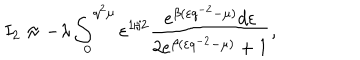
LaTeX: I _ { 2 } \approx - \lambda \int _ { 0 } ^ { q ^ { 2 } \mu } \varepsilon ^ { 1 / 2 } \frac { e ^ { \beta ( \varepsilon q ^ { - 2 } - \mu ) } d \varepsilon } { 2 e ^ { \beta ( \varepsilon q ^ { - 2 } - \mu ) } + 1 } ,